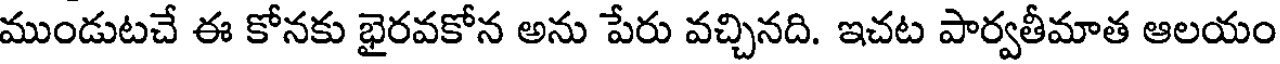
ముండుటచే ఈ కోనకు భైరవకోన అను పేరు వచ్చినది. ఇచట పార్వతీమాత ఆలయం